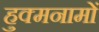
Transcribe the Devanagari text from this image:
हुक्मनामों